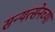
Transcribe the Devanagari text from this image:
सन्यत्सेनच्या